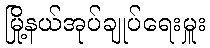
မြို့နယ်အုပ်ချုပ်ရေးမှူး